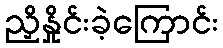
ညှိနှိုင်းခဲ့ကြောင်း